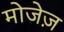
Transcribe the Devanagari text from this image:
मोजेज़